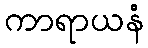
ကာရာယနံ